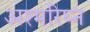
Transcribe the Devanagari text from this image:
अश्मरिघ्न